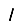
Digit: 1